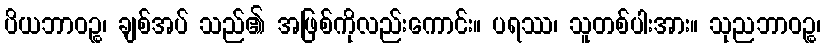
ပိယဘာဝဉ္စ၊ ချစ်အပ် သည်၏ အဖြစ်ကိုလည်းကောင်း။ ပရဿ၊ သူတစ်ပါးအား။ သုညဘာဝဉ္စ၊